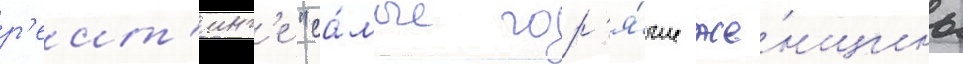
р'еит'инг'е "са́мые гор'я́чие же́нщины